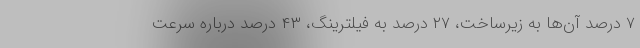
۷ درصد آن‌ها به زیرساخت، ۲۷ درصد به فیلترینگ، ۴۳ درصد درباره سرعت